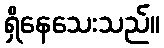
ရှိနေသေးသည်။